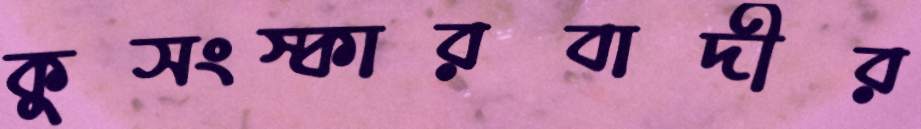
কুসংস্কারবাদীর